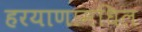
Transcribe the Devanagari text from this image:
हरयाणामधिल